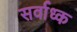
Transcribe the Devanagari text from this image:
सर्वाध्क